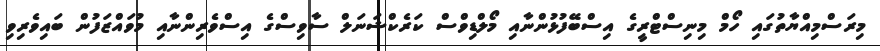
މިރަސްމިއްޔާތުގައި ހޯމް މިނިސްޓްރީގެ އިސްބޭފުޅުންނާއި މޯލްޑިވްސް ކަރެކްޝަނަލް ސާވިސްގެ އިސްވެރިންނާއި މުވައްޒަފުން ބައިވެރިވި